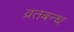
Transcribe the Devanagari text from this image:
व्रतबन्ध